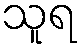
သူရ